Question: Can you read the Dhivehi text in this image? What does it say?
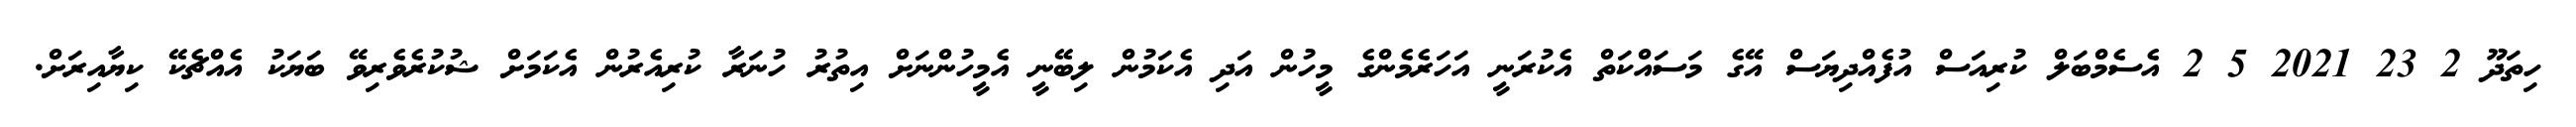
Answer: ހިތަދޫ 2 23 2021 5 2 އެސެމްބަލް ކުރިއަސް އުފެއްދިޔަސް އޭގެ މަސައްކަތް އެކުރަނީ އަހަރެމެންގެ މީހުން އަދި އެކަމުން ލިބޭނީ އެމީހުންނަށް އިތުރު ހުނަރާ ކުރިއެރުން އެކަމަށް ޝުކުރެވެރިވޭ ބަޔަކު އެއްޗެކޭ ކިޔާއިރަށް.